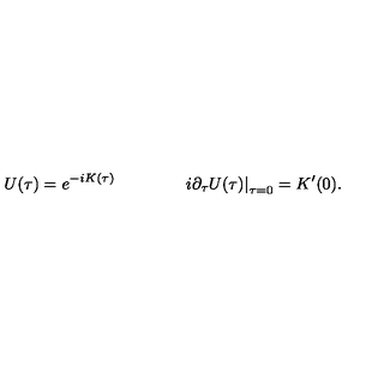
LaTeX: U ( \tau ) = e ^ { - i K ( \tau ) } \qquad \qquad \left. i \partial _ { \tau } U ( \tau ) \right| _ { \tau = 0 } = K ^ { \prime } ( 0 ) .